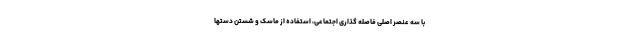
با سه عنصر اصلی فاصله گذاری اجتماعی، استفاده از ماسک و شستن دستها